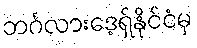
ဘင်္ဂလားဒေ့ရှ်နိုင်ငံမှ